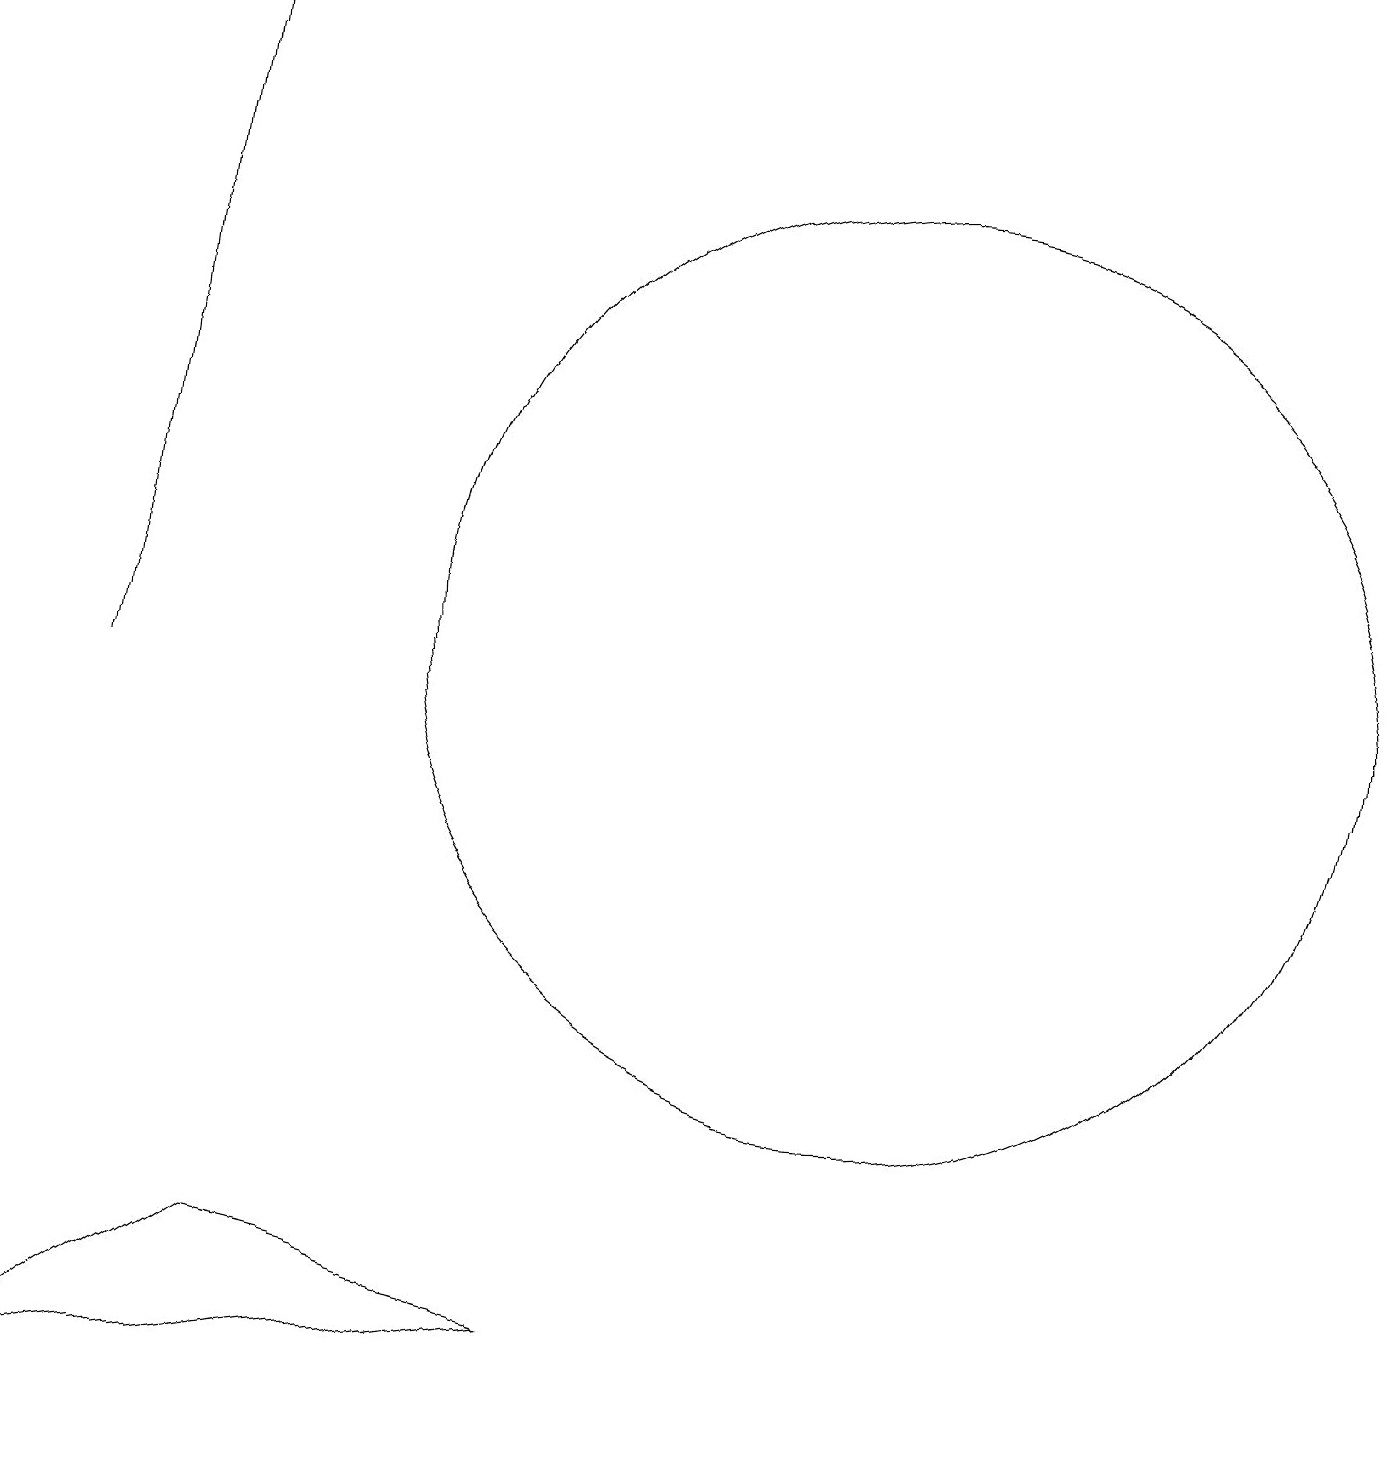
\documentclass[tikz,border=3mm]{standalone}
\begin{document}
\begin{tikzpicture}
\draw[->] (2,10) -- (3,19);
\draw (12,11) circle (6);
\draw (8,2) -- (4,3) -- (1,1) -- cycle;
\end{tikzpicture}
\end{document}